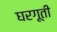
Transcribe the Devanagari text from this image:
घरगूती